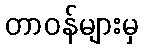
တာဝန်များမှ